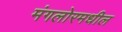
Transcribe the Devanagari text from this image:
मंगलोरमधील